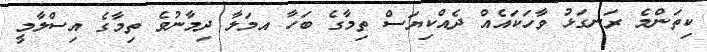
ކިތަންމެ ރަނގަޅު ވާހަކައެއް ދެއްކިޔަސް ތިމާގެ ބަހާ އމަލާ ދިމާނުވެ ތިމާގެ އިސްލާމީ